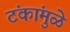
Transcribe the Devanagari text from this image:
टंकांमुळे